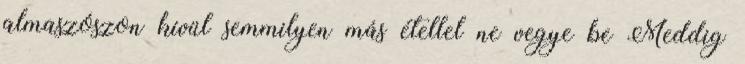
almaszószon kívül semmilyen más étellel ne vegye be Meddig